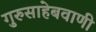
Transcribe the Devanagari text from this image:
गुरुसाहेबवाणी